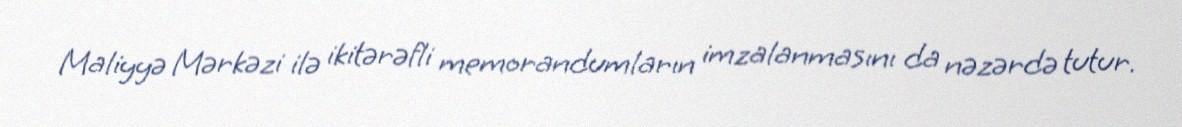
Maliyyə Mərkəzi ilə ikitərəfli memorandumların imzalanmasını da nəzərdə tutur.